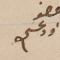
عضو داود عسى